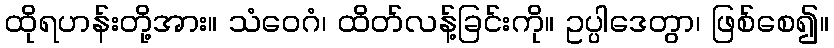
ထိုရဟန်းတို့အား။ သံဝေဂံ၊ ထိတ်လန့်ခြင်းကို။ ဥပ္ပါဒေတွာ၊ ဖြစ်စေ၍။